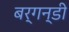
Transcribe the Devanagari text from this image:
बर्गन्डी